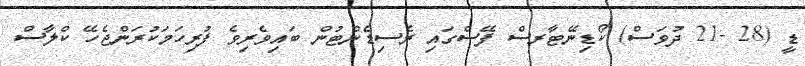
ޑީ (28 -21 ދުވަސް) ކޯޑިނޭޓާރސް ފޭސްގައި ރެސިޑެންޓުން ބައިވެރިވެ ފުރިހަމަކުރަންޖެހޭ ކްލާސް